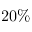
2 0 \%